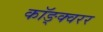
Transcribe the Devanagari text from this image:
कॉङ्क्वरर